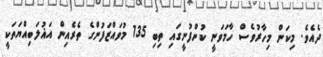
ދެއެވެ. މިކަން މިހާރުވެސް ހާމަވަނީ ކުންފުނީގައި ތިބި 135 މުވައްޒަފުންގެ ތެރެއިން އަޣުލަބިއްޔަތަކީ